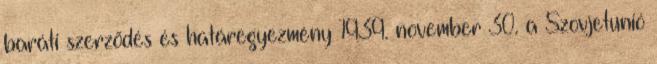
baráti szerzõdés és határegyezmény 1939. november 30. a Szovjetunió